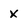
Character: x